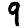
Digit: 9